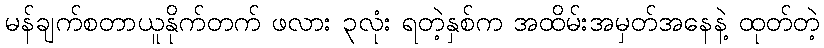
မန်ချက်စတာယူနိုက်တက် ဖလား ၃လုံး ရတဲ့နှစ်က အထိမ်းအမှတ်အနေနဲ့ ထုတ်တဲ့